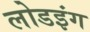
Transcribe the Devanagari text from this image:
लोडइंग